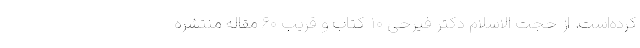
کرده‌است. از حجت الاسلام دکتر فیرحی ۱۰ کتاب و قریب ۶۰ مقاله منتشره